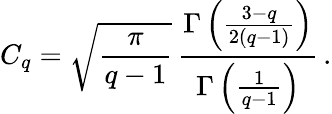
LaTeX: C_{q}=\sqrt{\frac{\pi}{q-1}}\, \frac{\Gamma\left(\frac{3-q}{2(q-1)}\right)}{\Gamma\left(\frac{1}{q-1}\right)}\, .